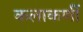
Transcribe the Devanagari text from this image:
कलाकर्णी